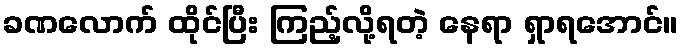
ခဏလောက် ထိုင်ပြီး ကြည့်လို့ရတဲ့ နေရာ ရှာရအောင်။